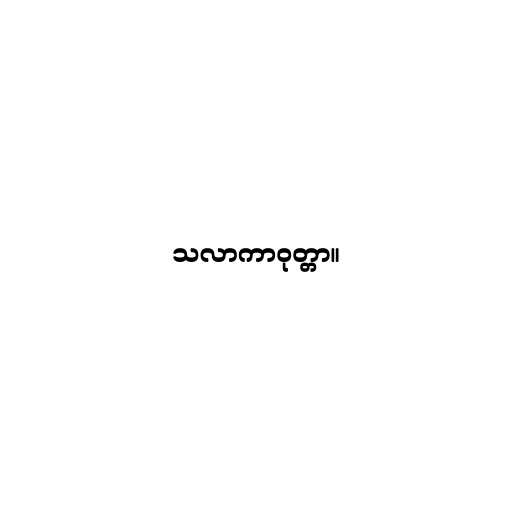
သလာကာဝုတ္တာ။